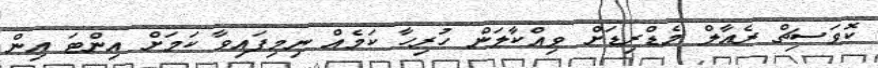
ކޮވަސިޗް ރެއާލް މެޑްރިޑަށް ވިއްކާލަން ހުރިހާ ކަމެއް ނިމިފައިވާ ކަމަށް އިންޓަ އިން